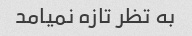
به تظر تازه نمیامد